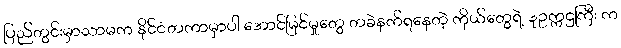
ပြည်တွင်းမှာသာမက နိုင်ငံတကာမှာပါ အောင်မြင်မှုတွေ တခဲနက်ရနေတဲ့ ကိုယ်တွေရဲ့ ဒုဥက္ကဌကြီး က